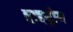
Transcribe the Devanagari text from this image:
हाइड्रोम